Civil Veterinary Department. Madras. Admin. report 1926-33 - 1926-1933
Year: 1926
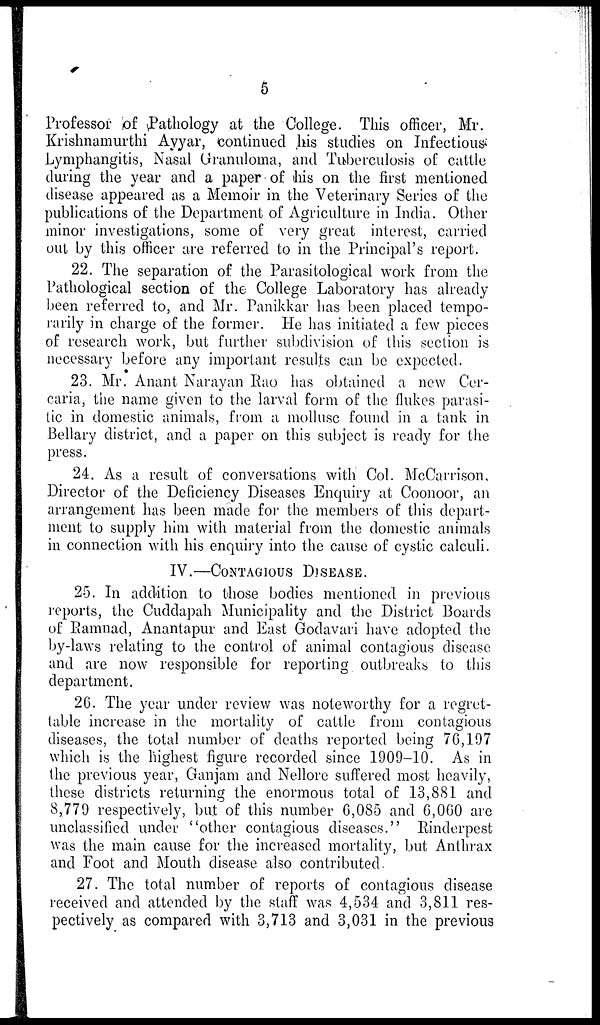
5
Professor of Pathology at the College. This officer, Mr.
Krishnamurthi Ayyar, continued his studies on Infectious
Lymphangitis, Nasal Granuloma, and Tuberculosis of cattle
during the year and a paper of his on the first mentioned
disease appeared as a Memoir in the Veterinary Series of the
publications of the Department of Agriculture in India. Other
minor investigations, some of very great interest, carried
out by this officer are referred to in the Principal's report.
22. The separation of the Parasitological work from the
Pathological section of the College Laboratory has already
been referred to, and Mr. Panikkar has been placed tempo-
rarily in charge of the former. He has initiated a few pieces
of research work, but further subdivision of this section is
necessary before any important results can be expected.
23. Mr. Anant Narayan Rao has obtained a new Cer-
caria, the name given to the larval form of the flukes parasi-
tic in domestic animals, from a mollusc found in a tank in
Bellary district, and a paper on this subject is ready for the
press.
24. As a result of conversations with Col. McCarrison,
Director of the Deficiency Diseases Enquiry at Coonoor, an
arrangement has been made for the members of this depart-
ment to supply him with material from the domestic animals
in connection with his enquiry into the cause of cystic calculi.
IV.—CONTAGIOUS DISEASE.
25. In addition to those bodies mentioned in previous
reports, the Cuddapah Municipality and the District Boards
of Ramnad, Anantapur and East Godavari have adopted the
by-laws relating to the control of animal contagious disease
and are now responsible for reporting outbreaks to this
department.
26. The year under review was noteworthy for a regret-
table increase in the mortality of cattle from contagious
diseases, the total number of deaths reported being 76,197
which is the highest figure recorded since 1909-10. As in
the previous year, Ganjam and Nellore suffered most heavily,
these districts returning the enormous total of 13,881 and
8,779 respectively, but of this number 6,085 and 6,060 are
unclassified under " other contagious diseases. " Rinderpest
was the main cause for the increased mortality, but Anthrax
and Foot and Mouth disease also contributed.
27. The total number of reports of contagious disease
received and attended by the staff was 4,534 and 3,811 res-
pectively as compared with 3,713 and 3,031 in the previous